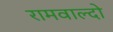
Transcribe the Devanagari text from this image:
रामवाल्दो